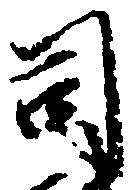
司